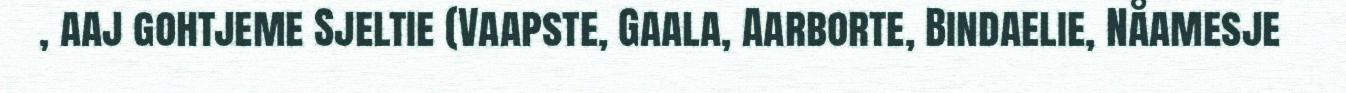
, aaj gohtjeme Sjeltie (Vaapste, Gaala, Aarborte, Bindaelie, Nåamesje